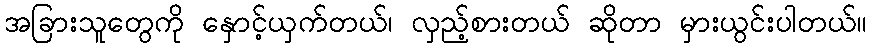
အခြားသူတွေကို နှောင့်ယှက်တယ်၊ လှည့်စားတယ် ဆိုတာ မှားယွင်းပါတယ်။